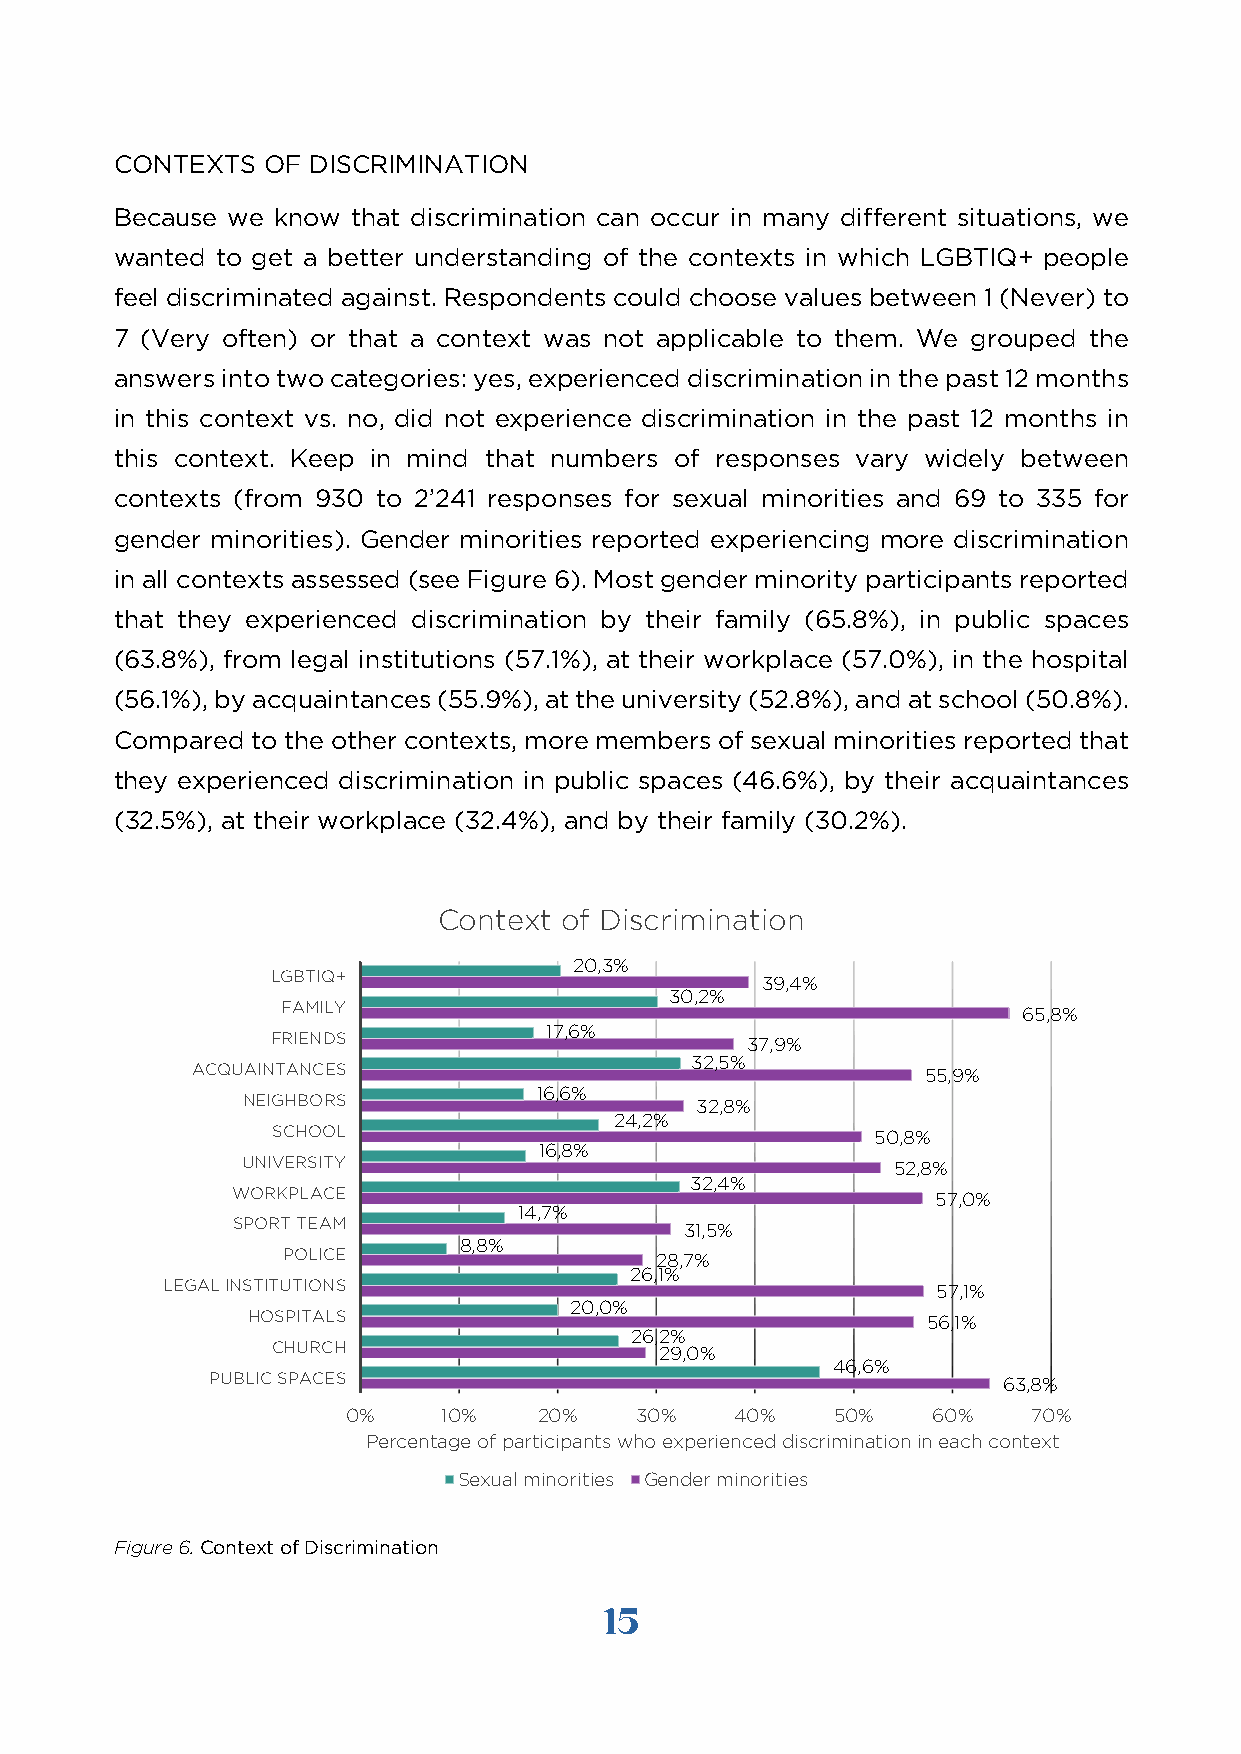
CONTEXTS OF DISCRIMINATION
 Because we know that discrimination can occur in many different situations, we
 wanted to get a better understanding of the contexts in which LGBTIQ+ people
 feel discriminated against. Respondents could choose values between 1 (Never) to
 7 (Very often) or that a context was not applicable to them. We grouped the
 answers into two categories: yes, experienced discrimination in the past 12 months
 in this context vs. no, did not experience discrimination in the past 12 months in
 this context. Keep in mind that numbers of responses vary widely between
 contexts (from 930 to 2’241 responses for sexual minorities and 69 to 335 for
 gender minorities). Gender minorities reported experiencing more discrimination
 in all contexts assessed (see Figure 6). Most gender minority participants reported
 that they experienced discrimination by their family (65.8%), in public spaces
 (63.8%), from legal institutions (57.1%), at their workplace (57.0%), in the hospital
 (56.1%), by acquaintances (55.9%), at the university (52.8%), and at school (50.8%).
 Compared to the other contexts, more members of sexual minorities reported that
 they experienced discrimination in public spaces (46.6%), by their acquaintances
 (32.5%), at their workplace (32.4%), and by their family (30.2%).
 Context of Discrimination
 20,3%
 LGBTIQ+                         39,4%
 30,2%
 FAMILY                                           65,8%
 17,6%
 FRIENDS                        37,9%
 32,5%
 ACQUAINTANCES                                   55,9%
 16,6%
 NEIGHBORS                     32,8%
 24,2%
 SCHOOL                                  50,8%
 16,8%
 UNIVERSITY                                 52,8%
 32,4%
 WORKPLACE                                      57,0%
 14,7%
 SPORT TEAM                    31,5%
 8,8%
 POLICE                  28,7%
 26,1%
 LEGAL INSTITUTIONS                                 57,1%
 20,0%
 HOSPITALS                                    56,1%
 26,2%
 CHURCH                    29,0%
 46,6%
 PUBLIC SPACES                                       63,8%
 0%    10%    20%   30%    40%   50%    60%   70%
 Percentage of participants who experienced discrimination in each context
 Sexual minorities Gender minorities
 Figure 6. Context of Discrimination
 15